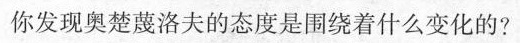
你发现奥楚蔑洛夫的态度是围绕着什么变化的?